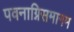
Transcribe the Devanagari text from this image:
पवनाग्निसमागम